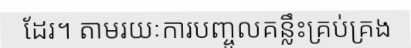
ដែរ។ តាមរយៈការបញ្ចូលគន្លឹះគ្រប់គ្រង